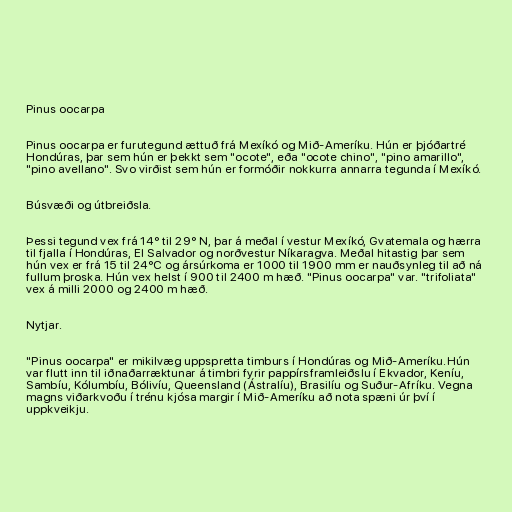
Pinus oocarpa

Pinus oocarpa er furutegund ættuð frá Mexíkó og Mið-Ameríku. Hún er þjóðartré
Hondúras, þar sem hún er þekkt sem "ocote", eða "ocote chino", "pino amarillo",
"pino avellano". Svo virðist sem hún er formóðir nokkurra annarra tegunda í Mexíkó.

Búsvæði og útbreiðsla.

Þessi tegund vex frá 14° til 29° N, þar á meðal í vestur Mexíkó, Gvatemala og hærra
til fjalla í Hondúras, El Salvador og norðvestur Níkaragva. Meðal hitastig þar sem
hún vex er frá 15 til 24°C og ársúrkoma er 1000 til 1900 mm er nauðsynleg til að ná
fullum þroska. Hún vex helst í 900 til 2400 m hæð. "Pinus oocarpa" var. "trifoliata"
vex á milli 2000 og 2400 m hæð.

Nytjar.

"Pinus oocarpa" er mikilvæg uppspretta timburs í Hondúras og Mið-Ameríku.Hún
var flutt inn til iðnaðarræktunar á timbri fyrir pappírsframleiðslu í Ekvador, Keníu,
Sambíu, Kólumbíu, Bólivíu, Queensland (Ástralíu), Brasilíu og Suður-Afríku. Vegna
magns viðarkvoðu í trénu kjósa margir í Mið-Ameríku að nota spæni úr því í
uppkveikju.